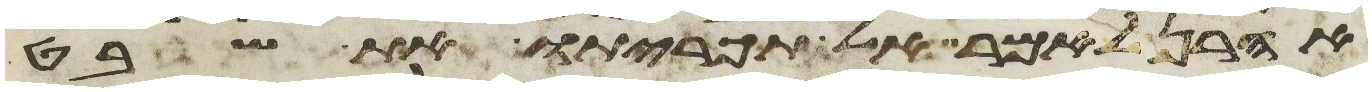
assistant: אהרן לאמר אל תכריתו את שבט